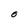
Character: O